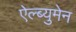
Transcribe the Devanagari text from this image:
ऐल्ब्युमेन